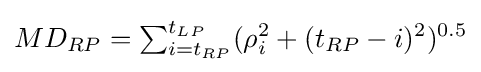
MD_{RP}=\textstyle \sum _{i=t_{RP}}^{t_{LP}}\displaystyle (\rho _{i}^{2}+({t_{RP}}-i)^{2})^{0.5}